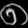
Digit: ၈